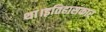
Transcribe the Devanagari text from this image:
था।इतिहासकार